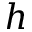
h